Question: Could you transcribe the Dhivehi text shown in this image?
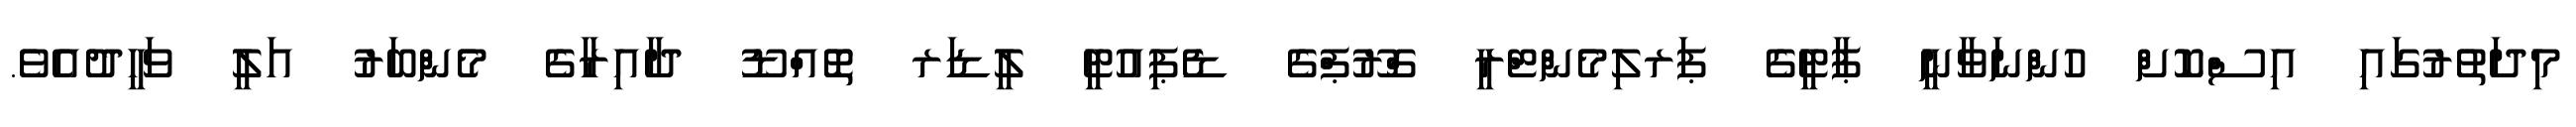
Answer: މިދަތުރުގައި އިސްކޮށް ހުންނަވާނީ ޕާޓީގެ ޕަރލިމެންޓްރީ ގްރޫޕްގެ ޑެޕިއުޓީ ލީޑަރ ތޮއްޑޫ ދާއިރާގެ މެންބަރު އަލީ ވަހީދުއެވެ.